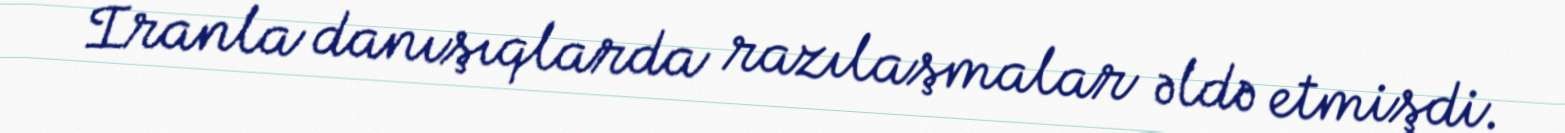
İranla danışıqlarda razılaşmalar əldə etmişdi.